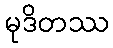
မုဒိတဿ